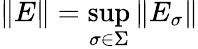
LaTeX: \| E\| =\operatorname*{sup}_{\sigma\in\Sigma}\left\| E_{\sigma}\right\|